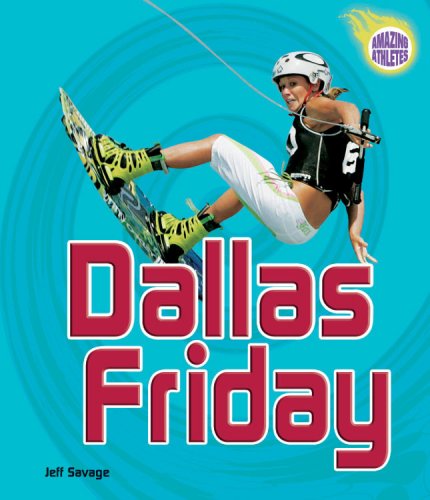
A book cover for Dallas Friday (Amazing Athletes); Jeff Savage; Children's Books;